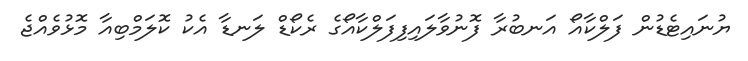
ޔުނައިޓެޑުން ފަލްކާއޯ އަނބުރާ ފޮނުވާލައިފިފަލްކާއޯގެ ރެކޯޑް ލަނޑާ އެކު ކޮލަމްބިއާ މޮޅުވެއްޖެ